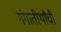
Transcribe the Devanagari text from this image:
गंगातीर्थांची